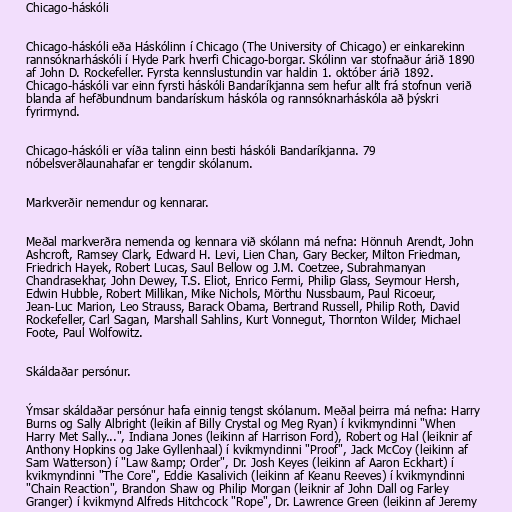
Chicago-háskóli

Chicago-háskóli eða Háskólinn í Chicago (The University of Chicago) er einkarekinn
rannsóknarháskóli í Hyde Park hverfi Chicago-borgar. Skólinn var stofnaður árið 1890
af John D. Rockefeller. Fyrsta kennslustundin var haldin 1. október árið 1892.
Chicago-háskóli var einn fyrsti háskóli Bandaríkjanna sem hefur allt frá stofnun verið
blanda af hefðbundnum bandarískum háskóla og rannsóknarháskóla að þýskri
fyrirmynd.

Chicago-háskóli er víða talinn einn besti háskóli Bandaríkjanna. 79
nóbelsverðlaunahafar er tengdir skólanum.

Markverðir nemendur og kennarar.

Meðal markverðra nemenda og kennara við skólann má nefna: Hönnuh Arendt, John
Ashcroft, Ramsey Clark, Edward H. Levi, Lien Chan, Gary Becker, Milton Friedman,
Friedrich Hayek, Robert Lucas, Saul Bellow og J.M. Coetzee, Subrahmanyan
Chandrasekhar, John Dewey, T.S. Eliot, Enrico Fermi, Philip Glass, Seymour Hersh,
Edwin Hubble, Robert Millikan, Mike Nichols, Mörthu Nussbaum, Paul Ricoeur,
Jean-Luc Marion, Leo Strauss, Barack Obama, Bertrand Russell, Philip Roth, David
Rockefeller, Carl Sagan, Marshall Sahlins, Kurt Vonnegut, Thornton Wilder, Michael
Foote, Paul Wolfowitz.

Skáldaðar persónur.

Ýmsar skáldaðar persónur hafa einnig tengst skólanum. Meðal þeirra má nefna: Harry
Burns og Sally Albright (leikin af Billy Crystal og Meg Ryan) í kvikmyndinni "When
Harry Met Sally...", Indiana Jones (leikinn af Harrison Ford), Robert og Hal (leiknir af
Anthony Hopkins og Jake Gyllenhaal) í kvikmyndinni "Proof", Jack McCoy (leikinn af
Sam Watterson) í "Law &amp; Order", Dr. Josh Keyes (leikinn af Aaron Eckhart) í
kvikmyndinni "The Core", Eddie Kasalivich (leikinn af Keanu Reeves) í kvikmyndinni
"Chain Reaction", Brandon Shaw og Philip Morgan (leiknir af John Dall og Farley
Granger) í kvikmynd Alfreds Hitchcock "Rope", Dr. Lawrence Green (leikinn af Jeremy